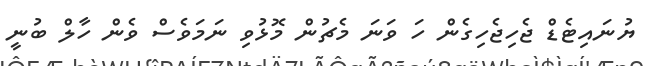
ޔުނައިޓެޑް ޖެހިޖެހިގެން ހަ ވަނަ މެޗުން މޮޅުވި ނަމަވެސް ވެން ހާލް ބުނީ